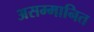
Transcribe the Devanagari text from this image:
असम्मानित